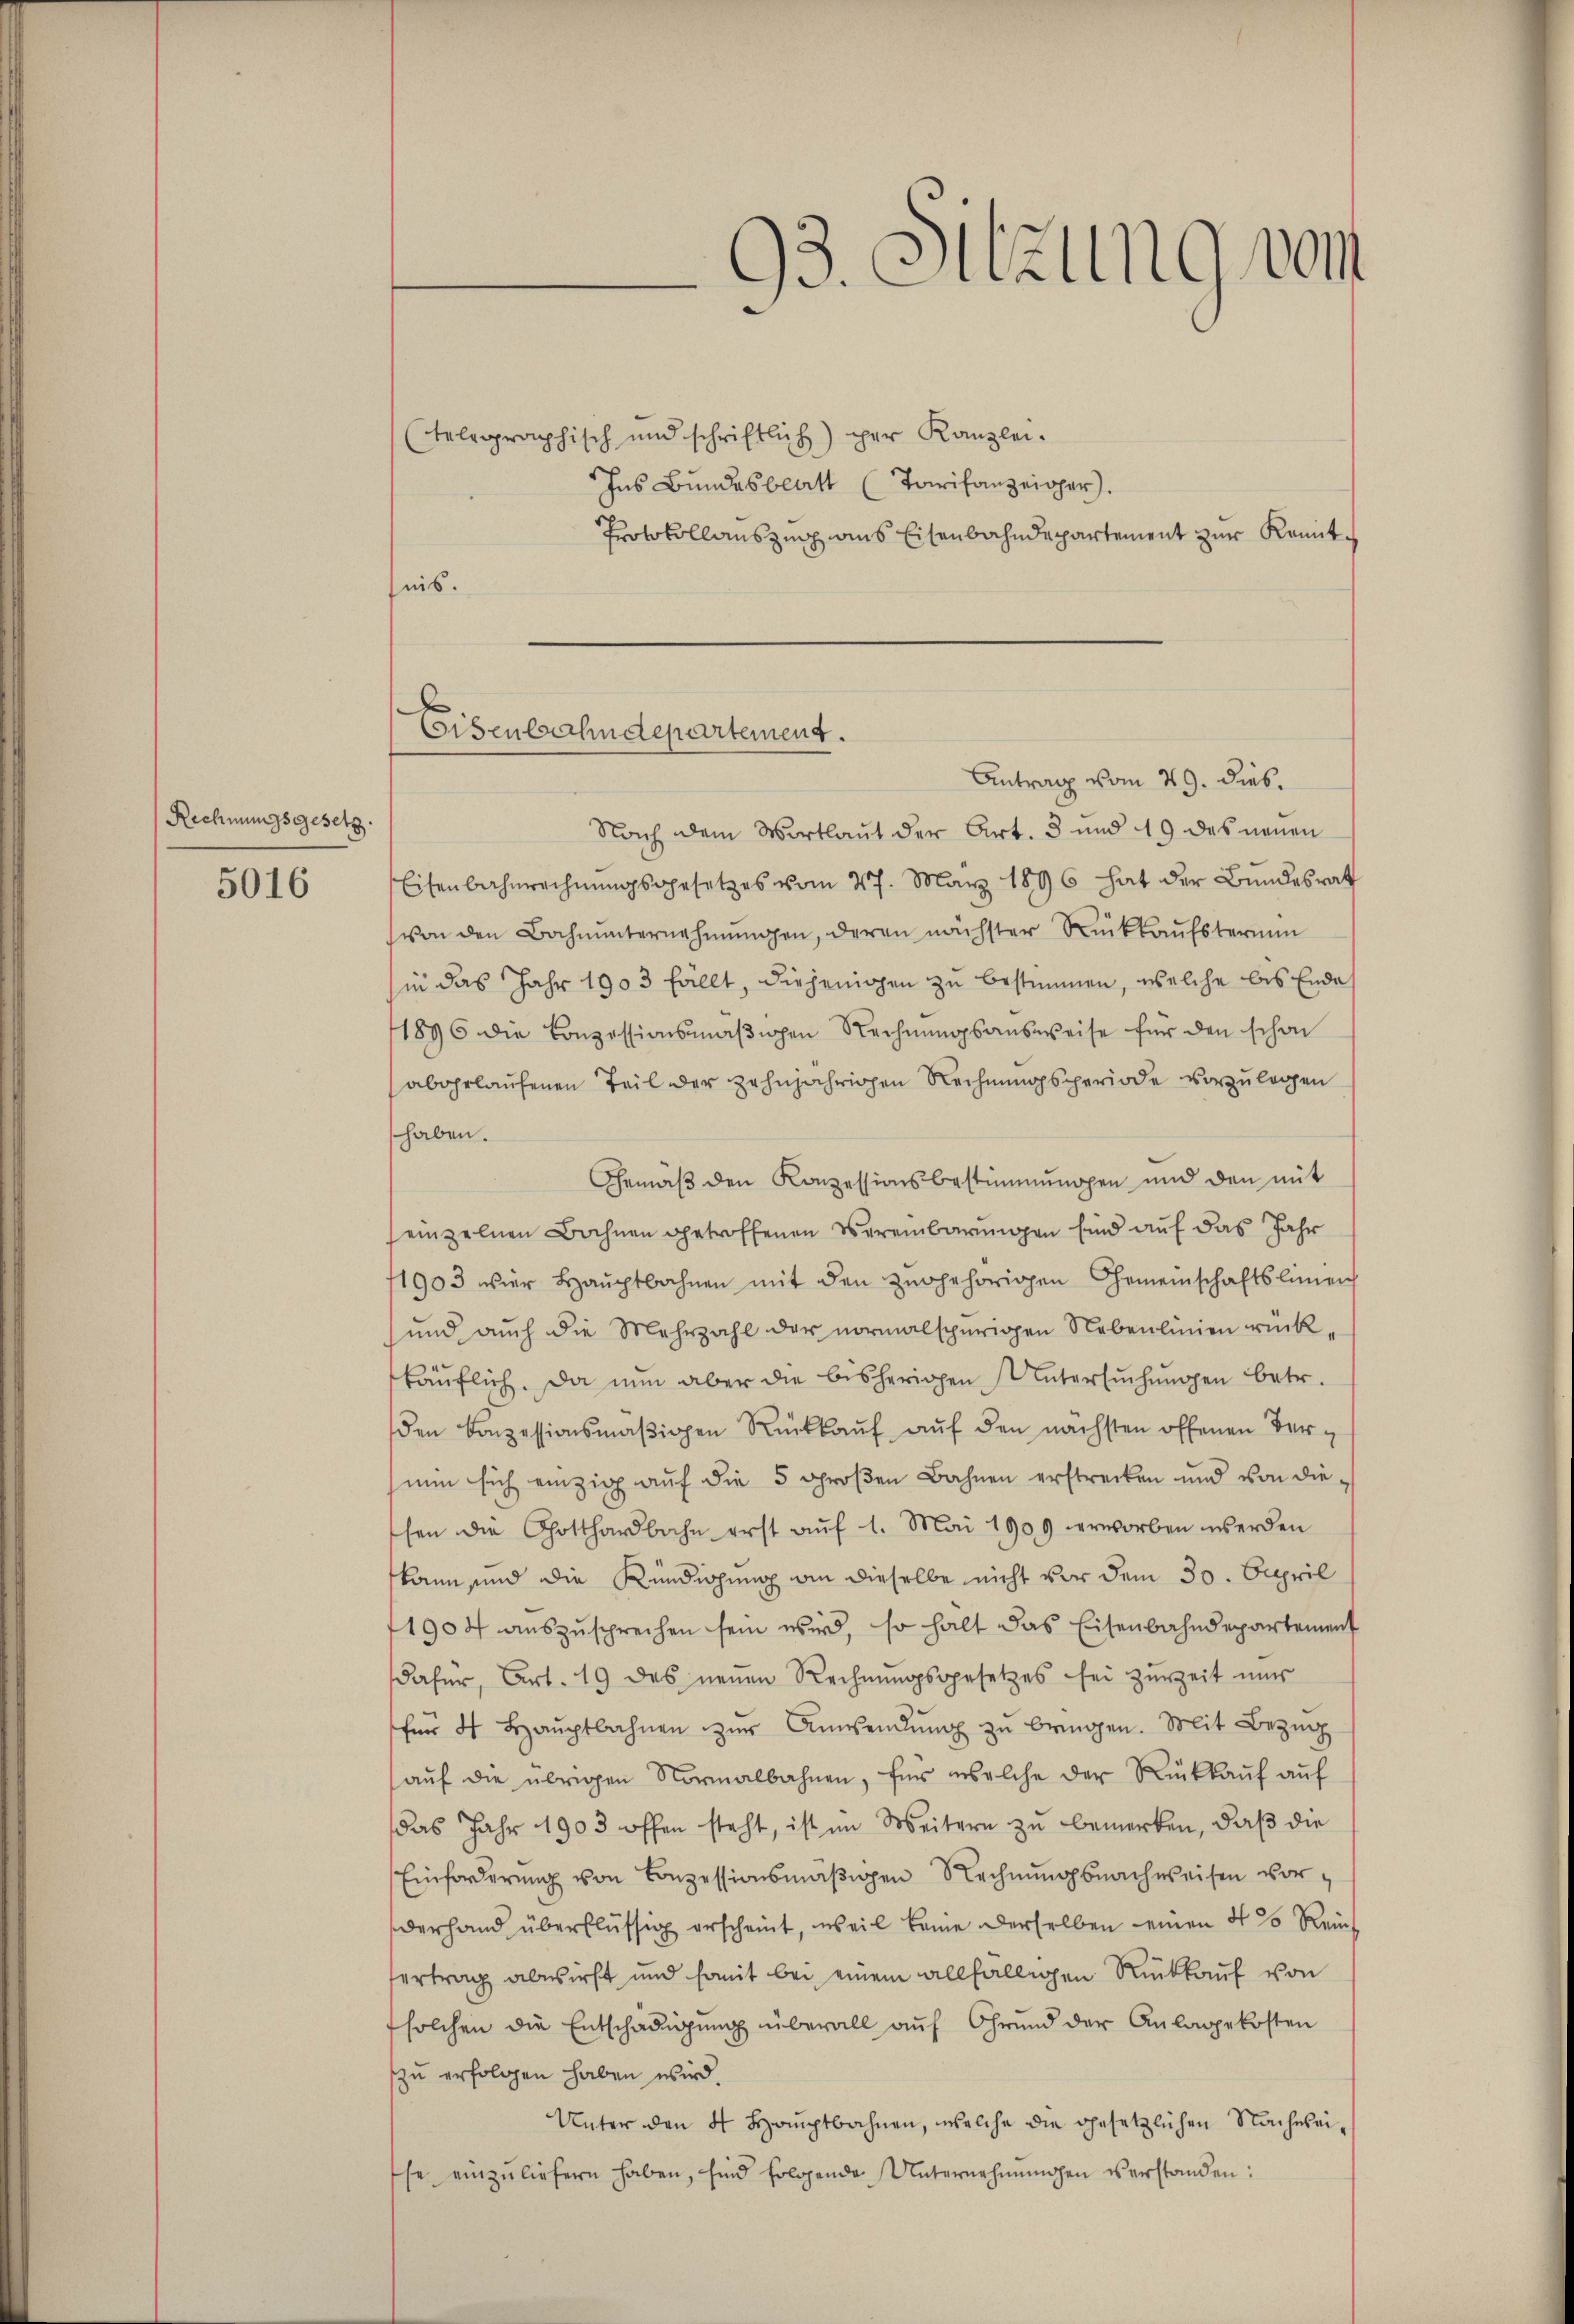
Rechnungsgesetz

5016

Eisenbahndepartement.

93. Sitzung vom

(Telegraphisch und schriftlich per Kanzlei.
Ins Bundesberitt (Tarifanzeiger).
Protokollauszug aus Eisenbahndepartement zur Kenntnis.
Antrag vom 29. dies.
Nach dem Wortlaut der Art. 3 und 49 des neuen
Eisenbahnrechnŭngsgesetzes vom 27. März 1896 hat der Bŭndesrat
von den Bahnunternehmungen, deren nächster Rückkaufsterium
in das Jahr 1903 fällt, diejenigen zu bestimmen, welche bis Ende
1896 die Conzessionsmäβigen Rechnŭngsausweise für den schon
abgelaufenen Teil der zehnjährigen Rechnungsperiode vorzulegen
haben.
Gemäß den Konzessionsbestimmungen und den mit
einzelnen Bahnen getroffenen Vereinbarungen sind auf das Jahr
1903 vier Haŭptbahnen mit den zugehörigen Gemeinschaftslinien
und auch die Mehrzahl der normalspurigen Nebenlinien rück
käŭflich. Da nun aber die bisherigen Untersŭchŭngen betr.
den konzessionsmäβigen Rückkaŭf aŭf den nächsten offenen Vernun sich einzig auf die 5 großen Bahnen erstrecken und von die
hen die Gotthardbahn erst aŭf 1. Mai 1909 erworben werden
kann sind die Kündigung an dieselbe nicht vor dem 30. April
1904 aŭszŭsprechen sein wird, so hält das Eisenbahndepartement
dafür, Art. 19 des neuen Rechnungsgesetzes sei zurZeit nur
für 4 Haŭptbahnen zŭr Anwendŭng zŭ bringen. Mit Bezug
aŭf die übrigen Normalbahnen, für welche der Rückkauf auf
das Jahr 1903 offen steht, ist im Weitern zu bemerken, daß die
Einforderŭng von Conzessionsmäβigen Rechnŭngsnachweisen vor-
derhand überflüssig erscheint, weil keine derselben einen 4 % Rein
vertrag abwirft und somit bei einem allfälligen Rückkauf von
solchen die Entschädigung überall auf Grund der Anlagekosten
zu erfolgen haben wird.
Unter den 4 Hauptbahnen, welche die gesetzlichen Nachwei-
se einzŭliefern haben, sind folgende Unternehmungen verstanden: